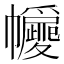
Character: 㡪